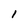
Character: 1